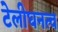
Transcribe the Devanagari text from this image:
टेलीघनत्व